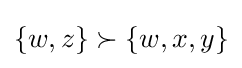
\{w,z\}\succ \{w,x,y\}